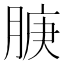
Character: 𬛇